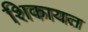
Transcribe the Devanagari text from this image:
शिकायत